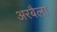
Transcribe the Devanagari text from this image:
अरबैला